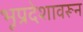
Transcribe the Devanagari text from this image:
भूप्रदेशावरून